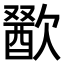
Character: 𣤕